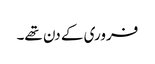
فروری کے دن تھے۔